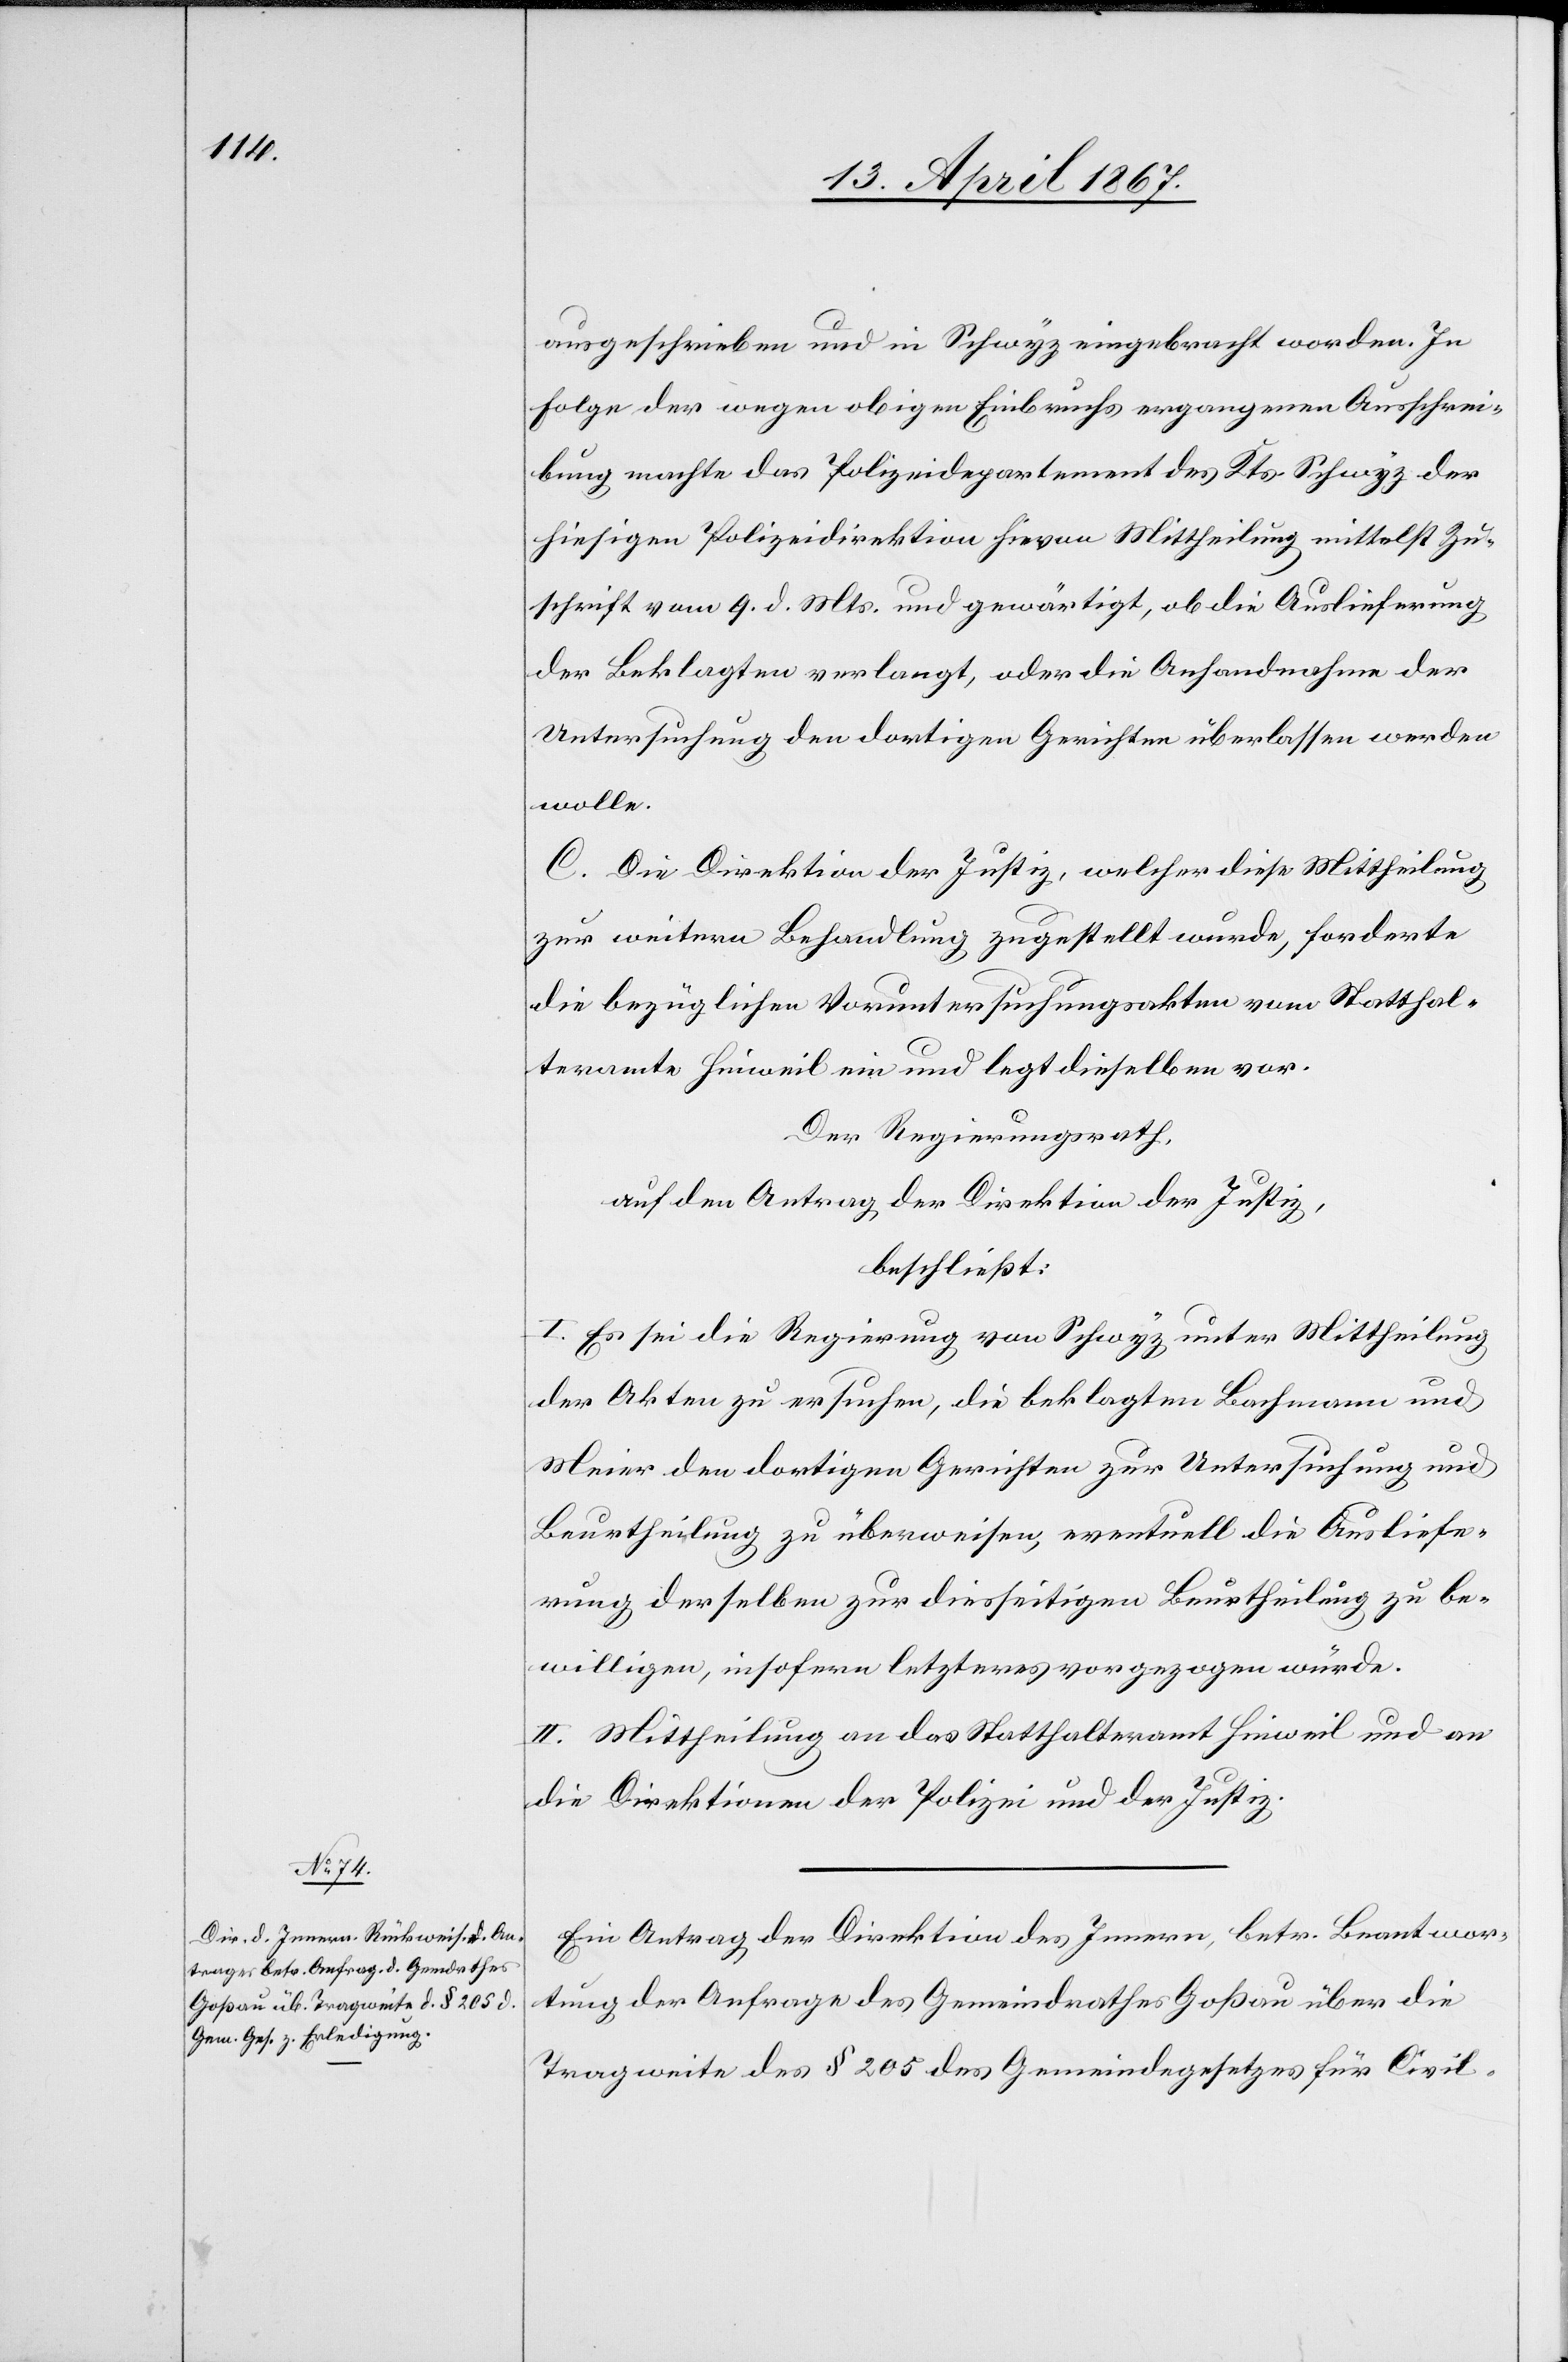
ausgeschrieben und in Schwyz eingebracht worden. In
Folge der wegen obigen Einbruchs ergangenen Ausschrei¬
bung machte das Polizeidepartement des Kts. Schwyz der
hiesigen Polizeidirektion hievon Mittheilung mittelst Zu¬
schrift vom 9. d. Mts. und gewärtigt, ob die Auslieferung
der Beklagten verlangt, oder die Anhandnahme der
Untersuchung den dortigen Gerichten überlassen werden
wolle.
C. Die Direktion der Justiz, welcher diese Mittheilung
zur weitern Behandlung zugestellt wurde, forderte
die bezüglichen Voruntersuchungsakten vom Statthal¬
teramte Hinweil ein und legt dieselben vor.
Der Regierungsrath,
auf den Antrag der Direktion der Justiz,
beschließt:
I. Es sei die Regierung von Schwyz unter Mittheilung
der Akten zu ersuchen, die beklagten Bachmann und
Meier den dortigen Gerichten zur Untersuchung und
Beurtheilung zu überweisen, eventuell die Ausliefe¬
rung derselben zur diesseitigen Beurtheilung zu be¬
willigen, insofern letzteres vorgezogen würde.
II. Mittheilung an das Statthalteramt Hinweil und an
die Direktionen der Polizei und der Justiz.
Ein Antrag der Direktion des Innern, betr. Beantwor¬
tung der Anfrage des Gemeindrathes Goßau über die
Tragweite des § 205 des Gemeindegesetzes für Civil-